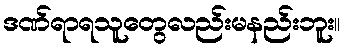
ဒဏ်ရာရသူတွေလည်းမနည်းဘူး။